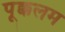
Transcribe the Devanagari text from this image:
पूक्कलम